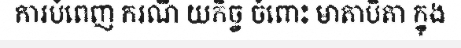
ការបំពេញ ករណី យកិច្ច ចំពោះ មាតាបិតា ក្នុង